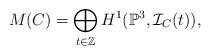
LaTeX: \begin{align*} M(C) = \bigoplus_{t \in \mathbb Z} H^1(\mathbb P^3, \mathcal I_C(t)), \end{align*}